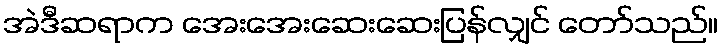
အဲဒီဆရာက အေးအေးဆေးဆေးပြန်လျှင် တော်သည်။